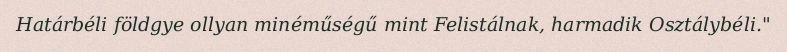
Határbéli földgye ollyan minéműségű mint Felistálnak, harmadik Osztálybéli."